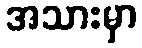
အသားမှာ